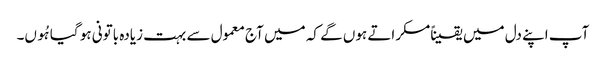
آپ اپنے دل میں یقیناًمسکراتے ہوں گے کہ میں آج معمول سے بہت زیادہ باتونی ہو گیا ہُوں۔